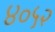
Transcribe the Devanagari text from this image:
४०५२